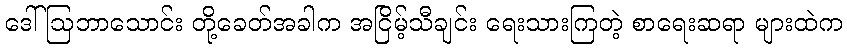
ဒေါ်ဩဘာသောင်း တို့ခေတ်အခါက အငြိမ့်သီချင်း ရေးသားကြတဲ့ စာရေးဆရာ များထဲက